Veterinary regulations India, 1925 -
Year: 1925
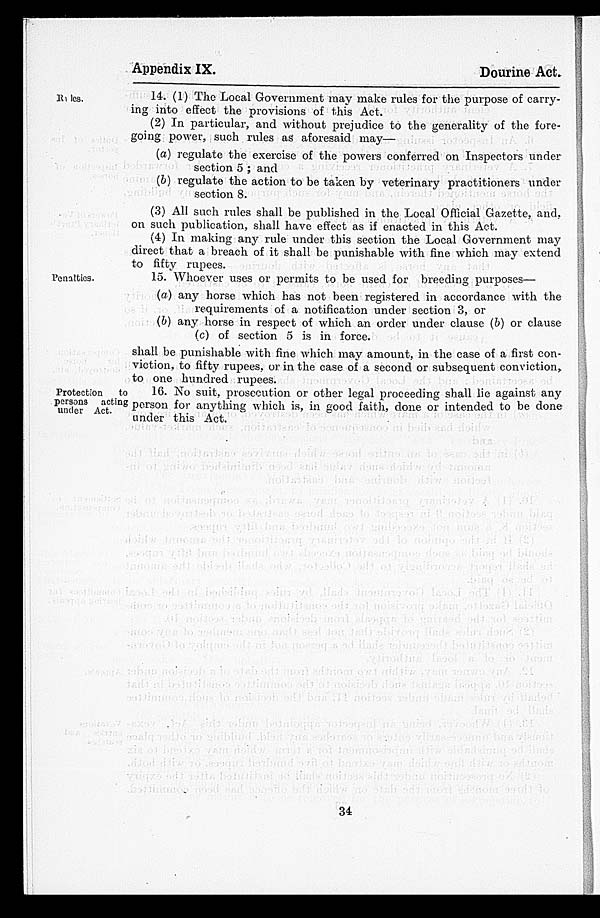
Appendix IX.
Dourine Act.
Rules.
14. (1) The Local Government may make rules for the purpose of carry-
ing into effect the provisions of this Act.
(2) In particular, and without prejudice to the generality of the fore-
going power, such rules as aforesaid may—
(a) regulate the exercise of the powers conferred on Inspectors under
section 5 ; and
(b) regulate the action to be taken by veterinary practitioners under
section 8.
(3) All such rules shall be published in the Local Official Gazette, and.
on such publication, shall have effect as if enacted in this Act.
(4) In making any rule under this section the Local Government may
direct that a breach of it shall be punishable with fine which may extend
to fifty rupees.
Penalties.
15. Whoever uses or permits to be used for breeding purposes—
(a) any horse which has not been registered in accordance with the
requirements of a notification under section 3, or
(b) any horse in respect of which an order under clause (b) or clause
(c) of section 5 is in force.
shall be punishable with fine which may amount, in the case of a first con-
viction, to fifty rupees, or in the case of a second or subsequent conviction,
to one hundred rupees.
Protection
to
persons acting
under Act.
16. No suit, prosecution or other legal proceeding shall lie against any
person for anything which is, in good faith, done or intended to be done
under this Act.
34